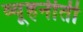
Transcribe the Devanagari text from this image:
व्यूहनीती